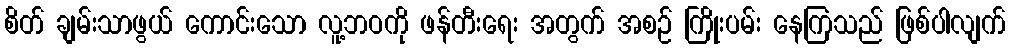
စိတ် ချမ်းသာဖွယ် ကောင်းသော လူ့ဘဝကို ဖန်တီးရေး အတွက် အစဉ် ကြိုးပမ်း နေကြသည် ဖြစ်ပါလျက်